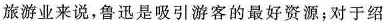
旅游业来说，鲁迅是吸引游客的最好资源；对于绍